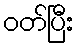
ဝတ်ပြီး